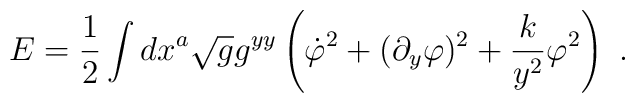
E= {1 \over 2}\int dx^a \sqrt{g} g^{yy} \left( \dot{\varphi}^2+(\partial_y\varphi)^2  + {k\over y^2} \varphi^2 \right)\ .